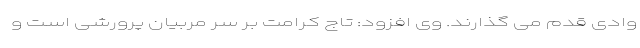
وادی قدم می گذارند. وی افزود: تاج کرامت بر سر مربیان پرورشی است و